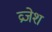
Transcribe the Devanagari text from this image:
व्रजेश